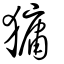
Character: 㺎